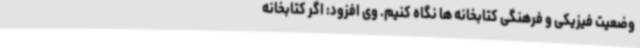
وضعیت فیزیکی و فرهنگی کتابخانه ها نگاه کنیم. وی افزود: اگر کتابخانه